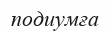
подиумға